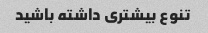
تنوع بیشتری داشته باشید